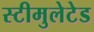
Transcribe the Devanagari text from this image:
स्टीमुलेटेड